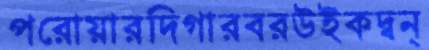
পরোয়ারদিগারবরউইকদ্বন্